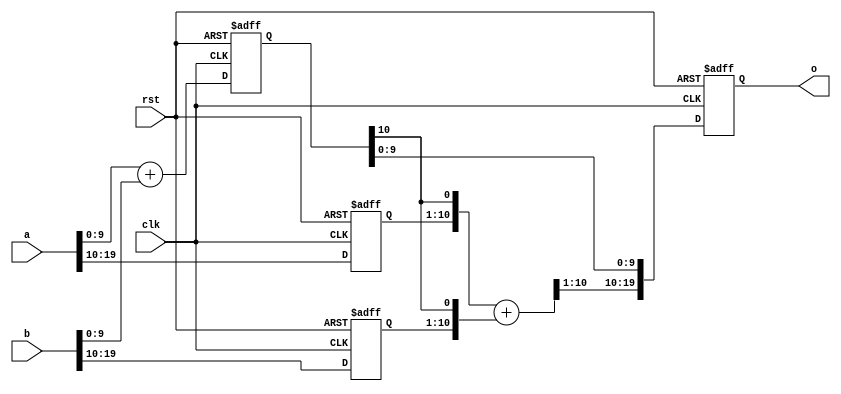
module pipeline_add (clk,rst,a,b,o);

parameter LS_WIDTH = 10;
parameter MS_WIDTH = 10;
parameter WIDTH = LS_WIDTH + MS_WIDTH;

input [WIDTH-1:0] a,b;
input clk,rst;
output [WIDTH-1:0] o;
reg [WIDTH-1:0] o;

	// Build the less significant adder with an extra bit on the top to get
	// the carry chain onto the normal routing.  
	reg [LS_WIDTH-1+1:0] ls_adder;
	wire cross_carry = ls_adder[LS_WIDTH];
	always @(posedge clk or posedge rst) begin
		if (rst) ls_adder <= 1'b0;
		else ls_adder <= {1'b0,a[LS_WIDTH-1:0]} + {1'b0,b[LS_WIDTH-1:0]};
	end

	// the more significant data needs to wait a tick for the carry
	// signal to be ready
	reg [MS_WIDTH-1:0] ms_data_a,ms_data_b;
	always @(posedge clk or posedge rst) begin
		if (rst) begin
			ms_data_a <= 0;
			ms_data_b <= 0;
		end
		else begin
			ms_data_a <= a[WIDTH-1:WIDTH-MS_WIDTH];
			ms_data_b <= b[WIDTH-1:WIDTH-MS_WIDTH];
		end
	end

	// Build the more significant adder with an extra low bit to incorporate
	// the carry from the split lower chain.
	wire [MS_WIDTH-1+1:0] ms_adder;
	assign ms_adder = {ms_data_a,cross_carry} + 
			{ms_data_b,cross_carry};

	// collect the sum back together and register, drop the two internal bits
	always @(posedge clk or posedge rst) begin
		if (rst) o <= 0;
		else o <= {ms_adder[MS_WIDTH:1],ls_adder[LS_WIDTH-1:0]};
	end

endmodule